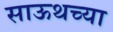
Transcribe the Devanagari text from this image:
साऊथच्या